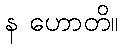
န ဟောတိ။